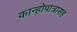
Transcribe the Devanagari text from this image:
कान्होपात्रासह